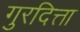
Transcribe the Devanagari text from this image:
गुरदित्ता